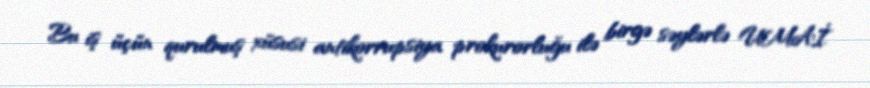
Bu iş üçün qurulmuş xüsusi antikorrupsiya prokurorluğu ilə birgə səylərlə UMAİ